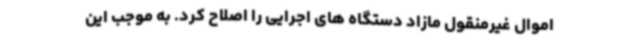
اموال غیرمنقول مازاد دستگاه های اجرایی را اصلاح کرد. به موجب این